Subject: math
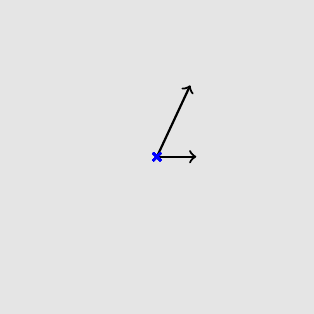
LaTeX code:
    \centering\begin{tikzpicture}
    \draw[white,fill=white!90!black] (-2,-2) rectangle (2,2);
    \draw[->,thick] (0,0)--(0.5,0);
    \draw[->,thick] (0,0) -- (65:1);
    \draw[blue,thick] plot[mark=x] (0,0);
    \end{tikzpicture}